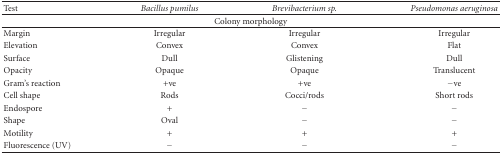
<table><thead><tr><td><b>Test</b></td><td><b><i>Bacillus pumilus</i></b></td><td><b><i>Brevibacterium sp.</i></b></td><td><b><i>Pseudomonas aeruginosa</i></b></td></tr></thead><tbody><tr><td colspan="4">Colony morphology</td></tr><tr><td>Margin</td><td>Irregular</td><td>Irregular</td><td>Irregular</td></tr><tr><td>Elevation</td><td>Convex</td><td>Convex</td><td>Flat</td></tr><tr><td>Surface</td><td>Dull</td><td>Glistening</td><td>Dull</td></tr><tr><td>Opacity</td><td>Opaque</td><td>Opaque</td><td>Translucent</td></tr><tr><td>Gram&#x27;s reaction</td><td>+ve</td><td>+ve</td><td>−ve</td></tr><tr><td>Cell shape</td><td>Rods</td><td>Cocci/rods</td><td>Short rods</td></tr><tr><td>Endospore</td><td>+</td><td>−</td><td>−</td></tr><tr><td>Shape</td><td>Oval</td><td>−</td><td>−</td></tr><tr><td>Motility</td><td>+</td><td>+</td><td>+</td></tr><tr><td>Fluorescence (UV)</td><td>−</td><td>−</td><td>−</td></tr></tbody></table>